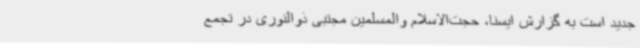
جدید است به گزارش ایسنا، حجت‌الاسلام والمسلمین مجتبی ذوالنوری در تجمع